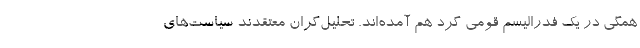
همگی در یک فدرالیسم قومی گرد هم آمده‌اند. تحلیل‌گران معتقدند سیاست‌های